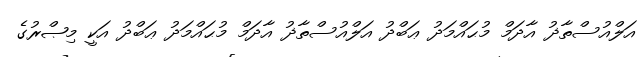
އަލްއުސްތާޛު އާދަމް މުޙައްމަދު ޢަބްދު އަލްއުސްތާޛު އާދަމް މުޙައްމަދު ޢަބްދު އަކީ މިޞްރުގެ